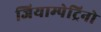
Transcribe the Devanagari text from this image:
जियाम्पेट्रिनो